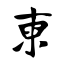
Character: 柬